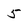
Character: 5